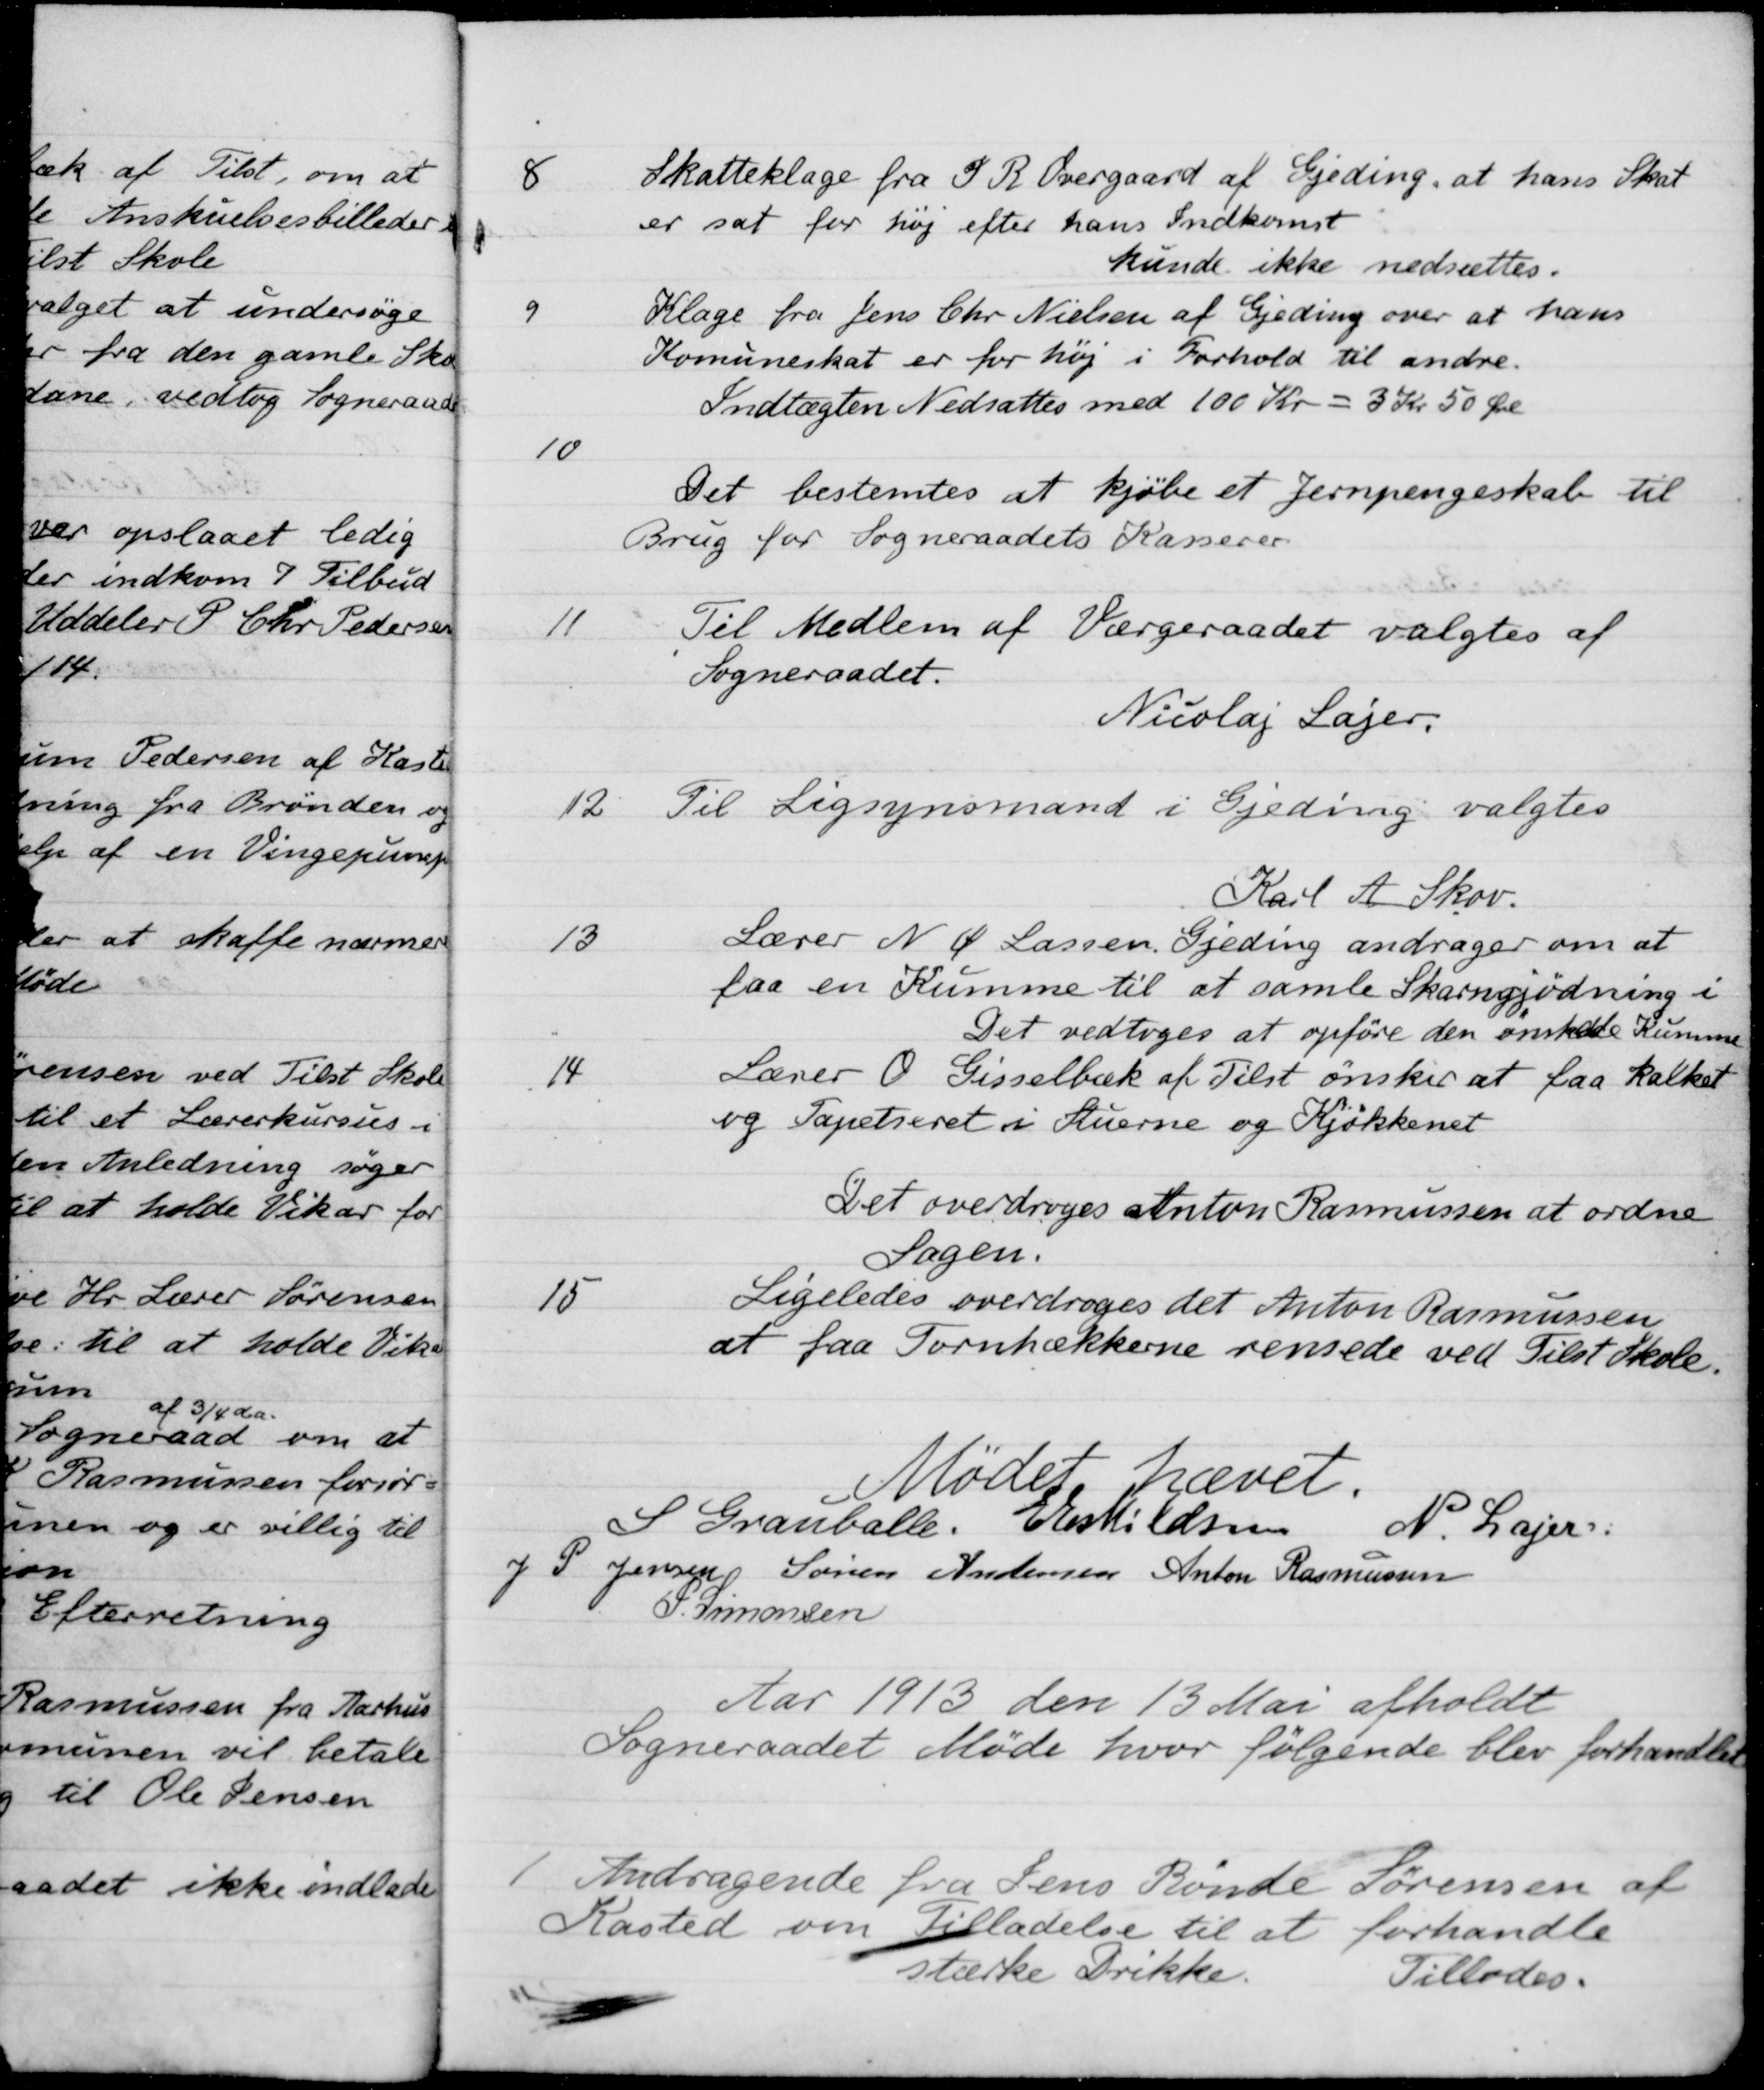
Transskription:
8
Skatteklage fra S R Overgaard af Gjeding, at hans Skat
er sat for høj efter hans Indkomst
kunde ikke nedsættes.
9
Klage fra Jens Chr Nielsen af Gjeding over at hans
Komuneskat er for høj i Forhold til andre.
Indtægten Nedsattes med 100 Kr = 3 Kr 50 Øre
10
Det bestemtes at kjøbe et Jernpengeskab til
Brug for Sogneraadets Kasserer
Til Medlem af Værgeraadet valgtes af
11
Sogneraadet.
Nicolaj Lajer.
12
Til Ligsynsmand i Gjeding valgtes
Karl A. Skov.
13
Lærer N. Ø. Lassen, Gjeding andrager om at
faa en Kumme til at samle Skarngjødning i
Det vedtoges at opføre den ønskede Kumme
14
Lærer O. Gisselbæk af Tilst ønsker at faa kalket
og Tapetseret i Stuerne og Kjøkkenet
Det overdroges Anton Rasmussen at ordne
Sagen.
15
Ligeledes overdroges det Anton Rasmussen
at faa Tornhækkerne rensede ved Tilst Skole.
Mødet hævet.
S Grauballe.
E Eskildsen
N. Lajer
J P. Jensen
Søren Andersen
Anton Rasmussen
P. Simonsen
Aar 1913 den 13 Mai afholdt
Sogneraadet Møde hvor følgende blev forhandlet
1
Andragende fra Jens Rønde Sørensen af
Kasted om Tilladelse til at forhandle
stærke Drikke.
Tillodes.